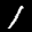
Label: 1